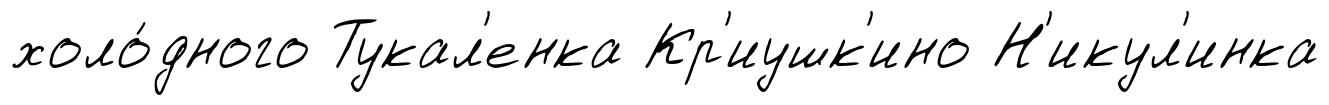
холо́дного Тукал'енка Кр'иушк'ино Н'икул'инка